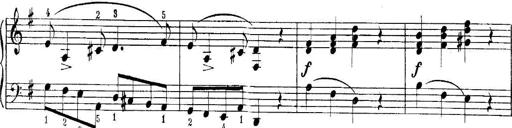
Title: Quatres sonatines
Composer: Tadeusz Joteyko